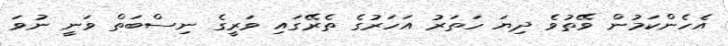
އެހެންކަމުން ވޭތުވެ ދިޔަ ހަތަރު އަހަރުގެ ތެރޭގައި ވަރީގެ ނިސްބަތް ވަނީ ނުވަ